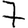
Digit: 7